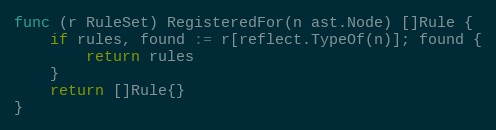
Language: Go
func (r RuleSet) RegisteredFor(n ast.Node) []Rule {
	if rules, found := r[reflect.TypeOf(n)]; found {
		return rules
	}
	return []Rule{}
}